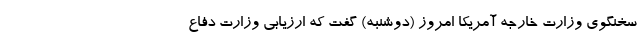
سخنگوی وزارت خارجه آمریکا امروز (دوشنبه) گفت که ارزیابی وزارت دفاع